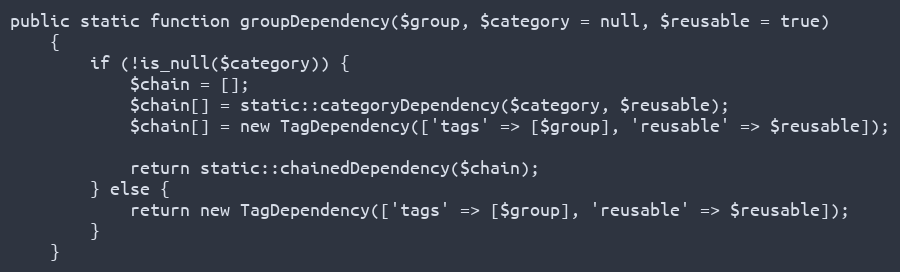
Language: PHP
public static function groupDependency($group, $category = null, $reusable = true)
    {
        if (!is_null($category)) {
            $chain = [];
            $chain[] = static::categoryDependency($category, $reusable);
            $chain[] = new TagDependency(['tags' => [$group], 'reusable' => $reusable]);

            return static::chainedDependency($chain);
        } else {
            return new TagDependency(['tags' => [$group], 'reusable' => $reusable]);
        }
    }